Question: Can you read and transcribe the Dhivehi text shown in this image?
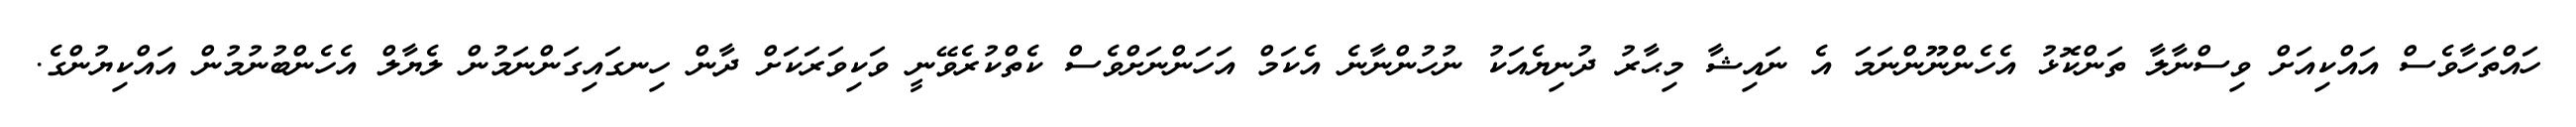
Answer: ހައްތަހާވެސް އައްކިއަށް ވިސްނާލާ ތަންކޮޅު އެހެންނޫންނަމަ އެ ނައިޝާ މިޙާރު ދުނިޔެއަކު ނުހުންނާނެ އެކަމް އަހަންނަށްވެސް ކެތްކުރެވޭނީ ވަކިވަރަކަށް ދާން ހިނގައިގަންނަމުން ލެޔާލް އެހެންބުނުމުން އައްކިޔުންގެ.